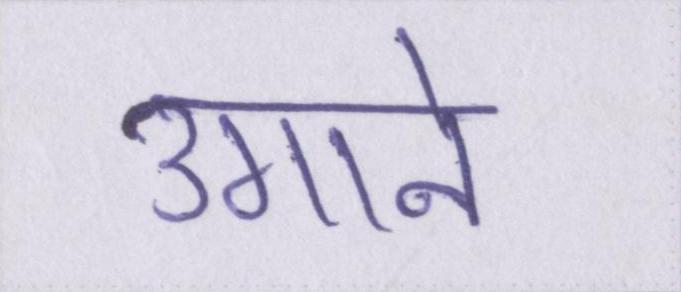
उगाने